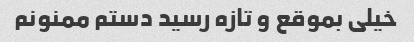
خیلی بموقع و تازه رسید دستم ممنونم